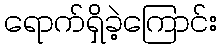
ရောက်ရှိခဲ့ကြောင်း